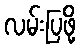
လမ်းပြဖို့